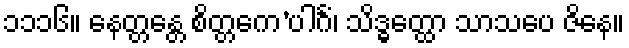
၁၁၁၆။ နေတ္တန္တေ စိတ္တကေ’ပါင်္ဂံ၊ သိဒ္ဓတ္ထော သာသပေ ဇိနေ။